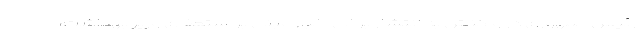
رئیس جمهوری در واکنش به انتشار برخی اخبار مبنی بر استعفای وزیر بهداشت،